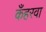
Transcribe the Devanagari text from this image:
कँहरवा